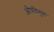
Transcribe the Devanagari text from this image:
औषधिगुण